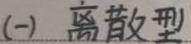
(一) 离散型